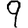
Digit: 9